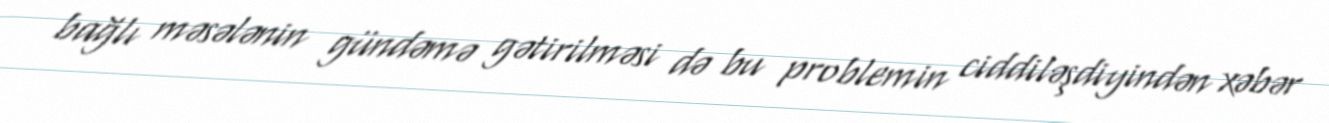
bağlı məsələnin gündəmə gətirilməsi də bu problemin ciddiləşdiyindən xəbər